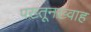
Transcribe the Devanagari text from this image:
पख़्तूनख़्वाह